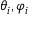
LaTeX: \theta _ { i } , \varphi _ { i }